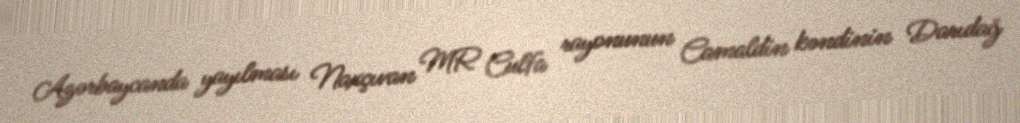
Azərbaycanda yayılması Naxçıvan MR Culfa rayonunun Camaldin kəndinin Darıdağ